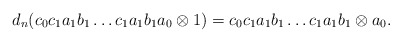
\begin{align*}d_n(c_0c_1a_1b_1 \dots c_1a_1b_1a_0 \otimes 1) = c_0c_1a_1b_1 \dots c_1a_1b_1 \otimes a_0.\end{align*}